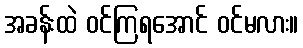
အခန်းထဲ ဝင်ကြရအောင် ဝင်မလား။